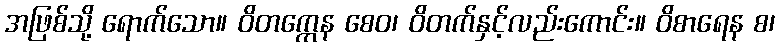
အဖြစ်သို့ ရောက်သော။ ဝိတက္ကေန စေဝ၊ ဝိတက်နှင့်လည်းကောင်း။ ဝိစာရေန စ၊